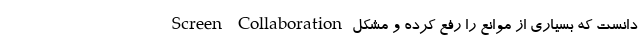
Screen Collaboration دانست که بسیاری از موانع را رفع کرده و مشکل